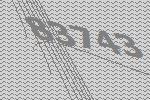
83743